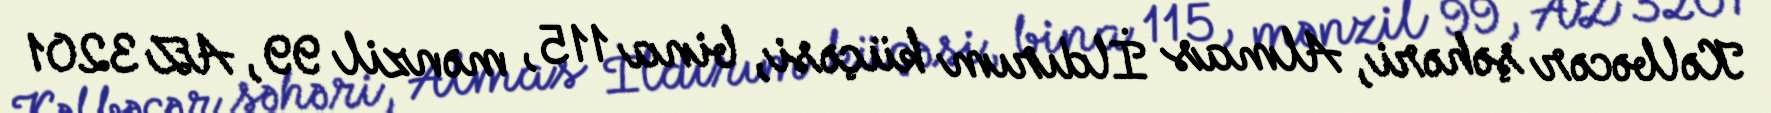
Kəlbəcər şəhəri, Almas İldırım küçəsi, bina 115, mənzil 99, AZ 3201